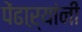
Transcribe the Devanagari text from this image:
पेंढाऱ्यांनी